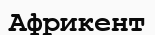
Африкент